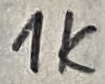
Text: 1K